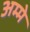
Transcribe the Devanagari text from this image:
अम्मे